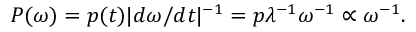
P ( \omega ) = p ( t ) | d \omega / d t | ^ { - 1 } = p \lambda ^ { - 1 } \omega ^ { - 1 } \propto \omega ^ { - 1 } .